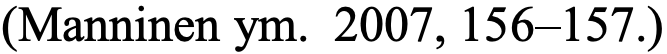
(Manninen ym. 2007, 156–157.)